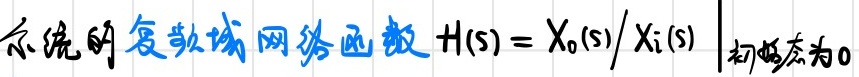
系统的复数域网络函数 \(H(s) = \frac{X_{0}(s)}{X_{i}(s)}\big|_{\text{初始态为}0}\)